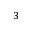
_ 3